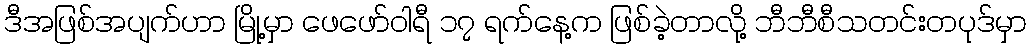
ဒီအဖြစ်အပျက်ဟာ မြို့မှာ ဖေဖော်ဝါရီ ၁၇ ရက်နေ့က ဖြစ်ခဲ့တာလို့ ဘီဘီစီသတင်းတပုဒ်မှာ